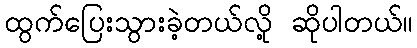
ထွက်ပြေးသွားခဲ့တယ်လို့ ဆိုပါတယ်။